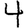
Digit: 4